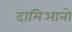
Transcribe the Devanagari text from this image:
दामिआनो